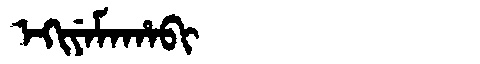
Manchu: ᡝᡴᡳᠶᡝᠮᠠᡥᠠᠪᡳ
Romanization: EKIYEMAHABI